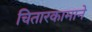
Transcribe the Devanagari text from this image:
चितारकामाने